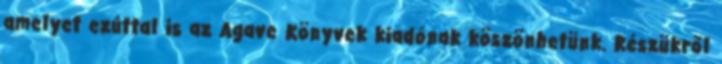
amelyet ezúttal is az Agave Könyvek kiadónak köszönhetünk. Részükről